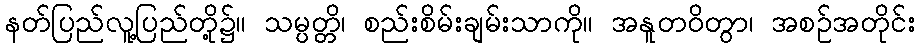
နတ်ပြည်လူ့ပြည်တို့၌။ သမ္ပတ္တိ၊ စည်းစိမ်းချမ်းသာကို။ အနူတဝိတွာ၊ အစဉ်အတိုင်း